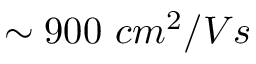
\sim 9 0 0 \ c m ^ { 2 } / V s